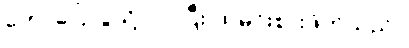
ဟောပြောပွဲသို့ လာပြီး ထမင်းစားဖိတ်သည်။